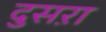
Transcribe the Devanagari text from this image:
दुसऱा